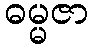
ဓမ္မဇာ